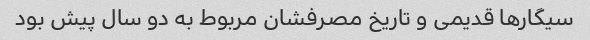
سیگارها قدیمی و تاریخ مصرفشان مربوط به دو سال پیش بود